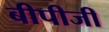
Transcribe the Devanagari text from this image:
बीपीजी